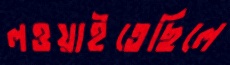
লওয়াইতেছিলে